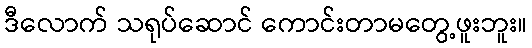
ဒီလောက် သရုပ်ဆောင် ကောင်းတာမတွေ့ဖူးဘူး။